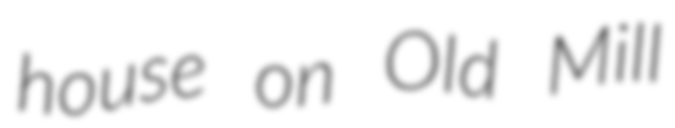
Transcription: house on Old Mill